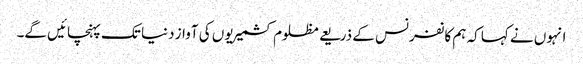
انہوں نے کہا کہ ہم کانفرنس کے ذریعے مظلوم کشمیریوں کی آواز دنیا تک پہنچائیں گے۔